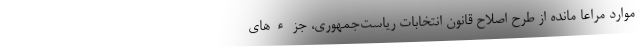
موارد مراعا مانده از طرح اصلاح قانون انتخابات ریاست‌جمهوری، جزء‌های